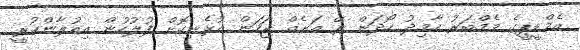
އެމްޑީޕީގެ މެމްބަރު ހާމިދު ހޯދަން ރޭ އަށެއް ޖަހަން އުޅެނިކޮށް ފުލުހުން އިއުލާންކުރީ